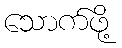
သောက်ဖို့